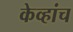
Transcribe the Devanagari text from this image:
केव्हांच